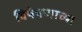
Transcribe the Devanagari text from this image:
विषेषणाच्या